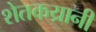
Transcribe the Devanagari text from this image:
शेतकय्रानी